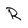
Character: R